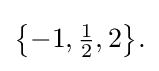
{\textstyle {\big \{}{-1},{\tfrac {1}{2}},2{\big \}}.}